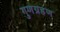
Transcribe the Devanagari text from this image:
गुणग्रहण